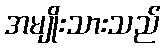
အမျိုးသားသည်